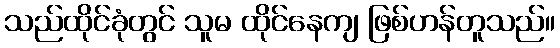
သည်ထိုင်ခုံတွင် သူမ ထိုင်နေကျ ဖြစ်ဟန်တူသည်။